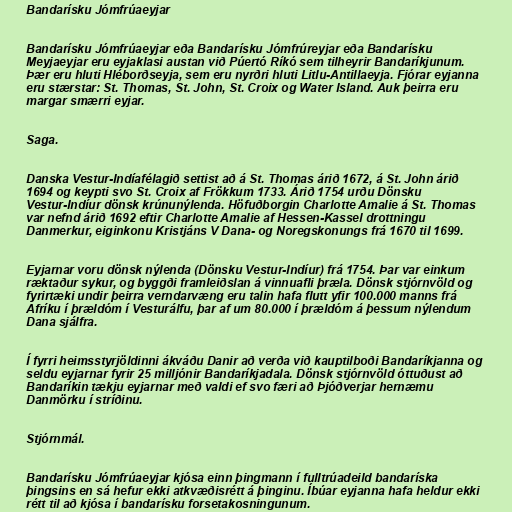
Bandarísku Jómfrúaeyjar

Bandarísku Jómfrúaeyjar eða Bandarísku Jómfrúreyjar eða Bandarísku
Meyjaeyjar eru eyjaklasi austan við Púertó Ríkó sem tilheyrir Bandaríkjunum.
Þær eru hluti Hléborðseyja, sem eru nyrðri hluti Litlu-Antillaeyja. Fjórar eyjanna
eru stærstar: St. Thomas, St. John, St. Croix og Water Island. Auk þeirra eru
margar smærri eyjar.

Saga.

Danska Vestur-Indíafélagið settist að á St. Thomas árið 1672, á St. John árið
1694 og keypti svo St. Croix af Frökkum 1733. Árið 1754 urðu Dönsku
Vestur-Indíur dönsk krúnunýlenda. Höfuðborgin Charlotte Amalie á St. Thomas
var nefnd árið 1692 eftir Charlotte Amalie af Hessen-Kassel drottningu
Danmerkur, eiginkonu Kristjáns V Dana- og Noregskonungs frá 1670 til 1699.

Eyjarnar voru dönsk nýlenda (Dönsku Vestur-Indíur) frá 1754. Þar var einkum
ræktaður sykur, og byggði framleiðslan á vinnuafli þræla. Dönsk stjórnvöld og
fyrirtæki undir þeirra verndarvæng eru talin hafa flutt yfir 100.000 manns frá
Afríku í þrældóm í Vesturálfu, þar af um 80.000 í þrældóm á þessum nýlendum
Dana sjálfra.

Í fyrri heimsstyrjöldinni ákváðu Danir að verða við kauptilboði Bandaríkjanna og
seldu eyjarnar fyrir 25 milljónir Bandaríkjadala. Dönsk stjórnvöld óttuðust að
Bandaríkin tækju eyjarnar með valdi ef svo færi að Þjóðverjar hernæmu
Danmörku í stríðinu.

Stjórnmál.

Bandarísku Jómfrúaeyjar kjósa einn þingmann í fulltrúadeild bandaríska
þingsins en sá hefur ekki atkvæðisrétt á þinginu. Íbúar eyjanna hafa heldur ekki
rétt til að kjósa í bandarísku forsetakosningunum.